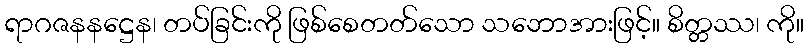
ရာဂဇနနဋ္ဌေန၊ တပ်ခြင်းကို ဖြစ်စေတတ်သော သဘောအားဖြင့်။ စိတ္တဿ၊ ကို။